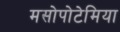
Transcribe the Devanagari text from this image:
मसोपोटेमिया